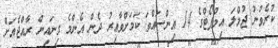
ކުރެވުނު ޖުމްލަ އިމްޕޯޓްގެ 14 އިންސައްތަ ކަަމަށްވާއިރު ދެން އެންމެ ގިނައިން ރާއްޖެއަށް